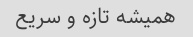
همیشه تازه و سریع